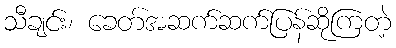
သီချင်း၊ ခေတ်အဆက်ဆက်ပြန်ဆိုကြတဲ့